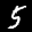
Label: 5